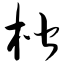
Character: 楷